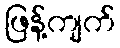
ဖြန့်ကျက်